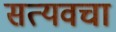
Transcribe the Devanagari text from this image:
सत्यवचा